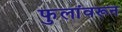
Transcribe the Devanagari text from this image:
फुलांवरून